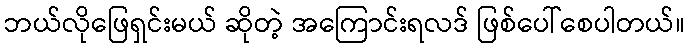
ဘယ်လိုဖြေရှင်းမယ် ဆိုတဲ့ အကြောင်းရလဒ် ဖြစ်ပေါ်စေပါတယ်။